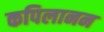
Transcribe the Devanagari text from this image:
कपिलानन